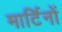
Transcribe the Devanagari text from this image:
मार्टिनों